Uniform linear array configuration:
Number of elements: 64
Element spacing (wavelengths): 1
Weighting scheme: blackman
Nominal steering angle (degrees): -30
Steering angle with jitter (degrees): -29.234
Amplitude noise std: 0.05
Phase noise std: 0.05

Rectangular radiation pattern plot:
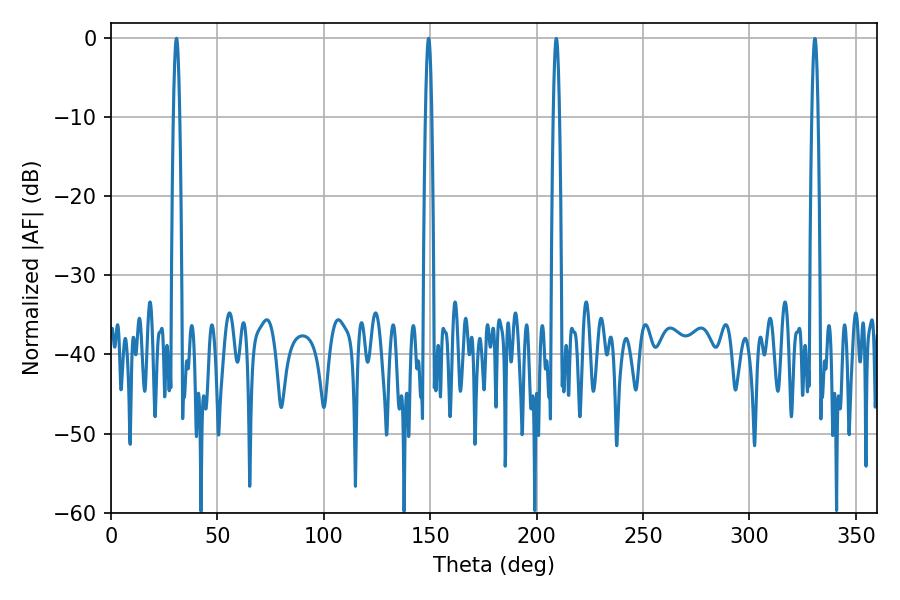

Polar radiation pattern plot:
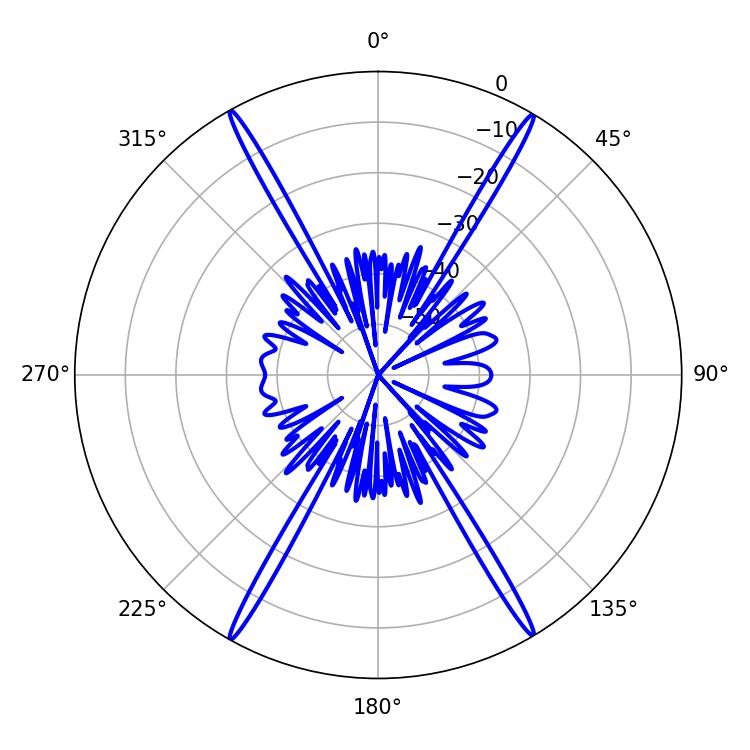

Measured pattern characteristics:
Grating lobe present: TRUE
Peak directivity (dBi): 30.186
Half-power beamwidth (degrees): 1.44
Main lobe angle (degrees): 30.78